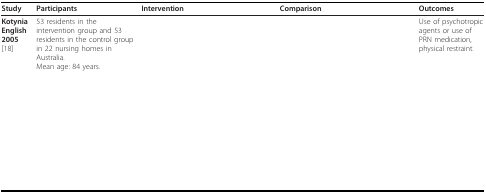
<table><thead><tr><td><b>Study</b></td><td><b>Participants</b></td><td><b>Intervention</b></td><td><b>Comparison</b></td><td><b>Outcomes</b></td></tr></thead><tbody><tr><td><b>Kotynia English 2005 </b>[18]</td><td>53 residents in the intervention group and 53 residents in the control group in 22 nursing homes in Australia.Mean age: 84 years.</td><td>[EMPTY_CELL]</td><td>[EMPTY_CELL]</td><td>Use of psychotropic agents or use of PRN medication, physical restraint.</td></tr></tbody></table>